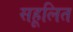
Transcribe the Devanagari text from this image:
सहूलित